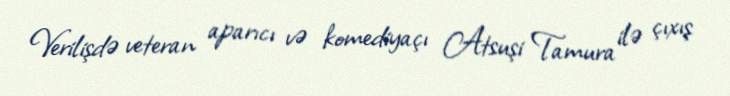
Verilişdə veteran aparıcı və komediyaçı Atsuşi Tamura ilə çıxış